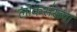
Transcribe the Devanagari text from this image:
लोकस॑ख्या